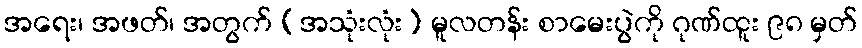
အရေး၊ အဖတ်၊ အတွက် (အသုံးလုံး) မူလတန်း စာမေးပွဲကို ဂုဏ်ထူး ၉၈ မှတ်